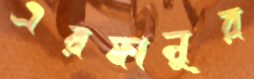
এরফানুর